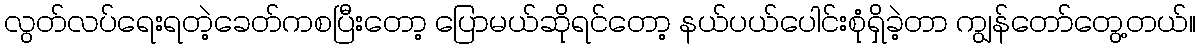
လွတ်လပ်ရေးရတဲ့ခေတ်ကစပြီးတော့ ပြောမယ်ဆိုရင်တော့ နယ်ပယ်ပေါင်းစုံရှိခဲ့တာ ကျွန်တော်တွေ့တယ်။